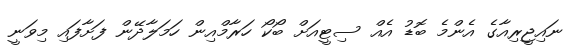
ނައިޖީރިއާގެ އެންމެ ބޮޑު އެއް ސިޓީއަށް ބޯކޯ ހަރާމްއިން ހަމަލާދޭން ފަށާފައި މިވަނީ